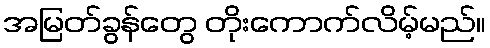
အမြတ်ခွန်တွေ တိုးကောက်လိမ့်မည်။